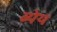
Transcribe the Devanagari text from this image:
ब्येय